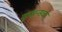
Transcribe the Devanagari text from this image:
कुशन्सचा